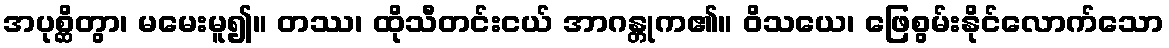
အပုစ္ဆိတွာ၊ မမေးမူ၍။ တဿ၊ ထိုသီတင်းငယ် အာဂန္တုက၏။ ဝိသယေ၊ ဖြေစွမ်းနိုင်လောက်သော